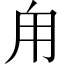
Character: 甪